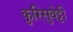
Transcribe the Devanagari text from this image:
कुरिसुवेट्टी